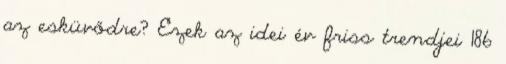
az esküvődre? Ezek az idei év friss trendjei 186